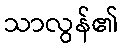
သာလွန်၏